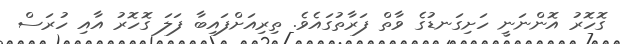
ގޮހޮރު އޮންނަނީ ހަށިގަނޑުގެ ވާތް ފަރާތުގައެވެ. ތިރިއަށްފައިބާ ފަލަ ގޮހޮރު އާއި ހުރަސް